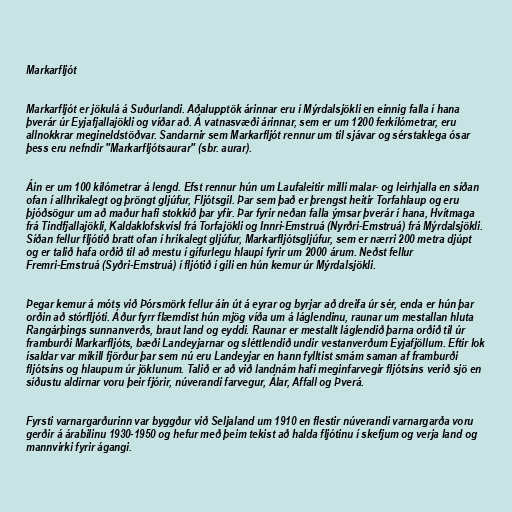
Markarfljót

Markarfljót er jökulá á Suðurlandi. Aðalupptök árinnar eru í Mýrdalsjökli en einnig falla í hana
þverár úr Eyjafjallajökli og víðar að. Á vatnasvæði árinnar, sem er um 1200 ferkílómetrar, eru
allnokkrar megineldstöðvar. Sandarnir sem Markarfljót rennur um til sjávar og sérstaklega ósar
þess eru nefndir "Markarfljótsaurar" (sbr. aurar).

Áin er um 100 kílómetrar á lengd. Efst rennur hún um Laufaleitir milli malar- og leirhjalla en síðan
ofan í allhrikalegt og þröngt gljúfur, Fljótsgil. Þar sem það er þrengst heitir Torfahlaup og eru
þjóðsögur um að maður hafi stokkið þar yfir. Þar fyrir neðan falla ýmsar þverár í hana, Hvítmaga
frá Tindfjallajökli, Kaldaklofskvísl frá Torfajökli og Innri-Emstruá (Nyrðri-Emstruá) frá Mýrdalsjökli.
Síðan fellur fljótið bratt ofan í hrikalegt gljúfur, Markarfljótsgljúfur, sem er nærri 200 metra djúpt
og er talið hafa orðið til að mestu í gífurlegu hlaupi fyrir um 2000 árum. Neðst fellur
Fremri-Emstruá (Syðri-Emstruá) í fljótið í gili en hún kemur úr Mýrdalsjökli.

Þegar kemur á móts við Þórsmörk fellur áin út á eyrar og byrjar að dreifa úr sér, enda er hún þar
orðin að stórfljóti. Áður fyrr flæmdist hún mjög víða um á láglendinu, raunar um mestallan hluta
Rangárþings sunnanverðs, braut land og eyddi. Raunar er mestallt láglendið þarna orðið til úr
framburði Markarfljóts, bæði Landeyjarnar og sléttlendið undir vestanverðum Eyjafjöllum. Eftir lok
ísaldar var mikill fjörður þar sem nú eru Landeyjar en hann fylltist smám saman af framburði
fljótsins og hlaupum úr jöklunum. Talið er að við landnám hafi meginfarvegir fljótsins verið sjö en
síðustu aldirnar voru þeir fjórir, núverandi farvegur, Álar, Affall og Þverá.

Fyrsti varnargarðurinn var byggður við Seljaland um 1910 en flestir núverandi varnargarða voru
gerðir á árabilinu 1930-1950 og hefur með þeim tekist að halda fljótinu í skefjum og verja land og
mannvirki fyrir ágangi.